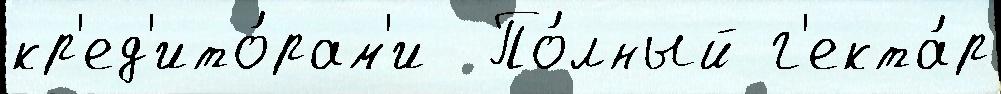
кр'ед'ито́рам'и  По́лный г'екта́р